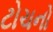
ટોચનો